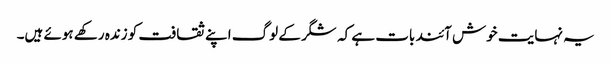
یہ نہایت خوش آئند بات ہے کہ شگر کے لوگ اپنے ثقافت کو زندہ رکھے ہوئے ہیں۔